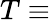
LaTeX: T\equiv